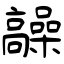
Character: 髞